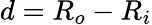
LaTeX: d=R_{o}-R_{i}